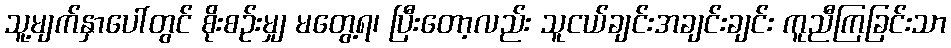
သူ့မျက်နှာပေါ်တွင် စိုးစဉ်းမျှ မတွေ့ရ၊ ပြီးတော့လည်း သူငယ်ချင်းအချင်းချင်း ကူညီကြခြင်းသာ